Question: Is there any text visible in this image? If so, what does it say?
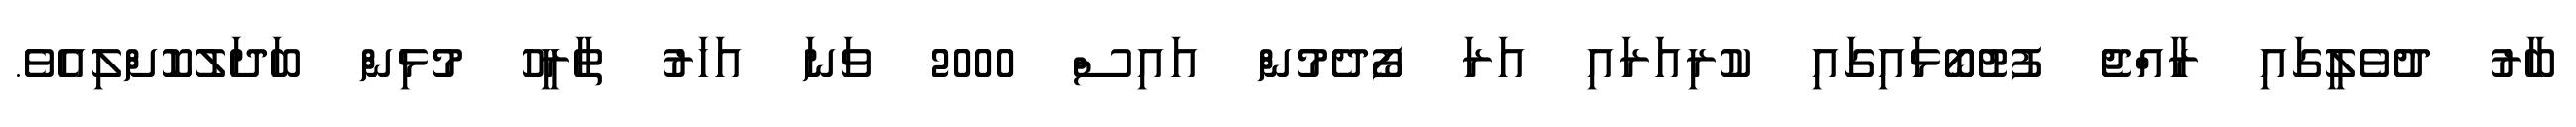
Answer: ބާރު ދުވެލީގައި ރާއްޖެ ފުޓުބޯޅައިގައި ކުރިއަރައި އަރަ ފޯދެމުން އައިސް 2000 ވަނަ އަހަރު ތާރީހު މުޅިން ބަދަލުކޮށްލިއެވެ.